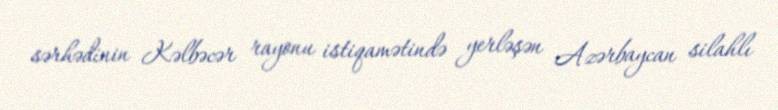
sərhədinin Kəlbəcər rayonu istiqamətində yerləşən Azərbaycan silahlı